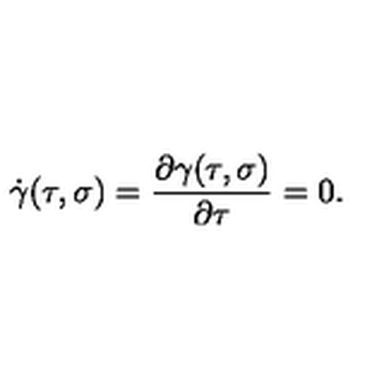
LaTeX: \dot { \gamma } ( \tau , \sigma ) = { \frac { \partial \gamma ( \tau , \sigma ) } { \partial \tau } } = 0 .